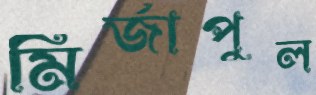
মির্জাপুল